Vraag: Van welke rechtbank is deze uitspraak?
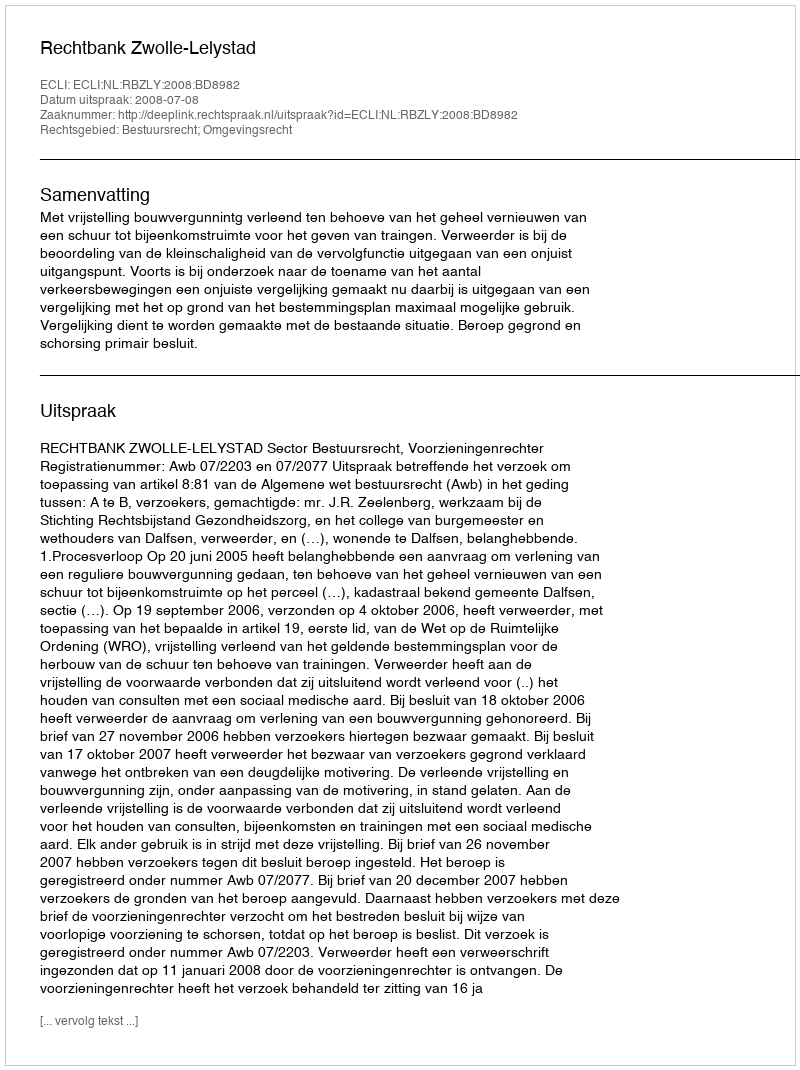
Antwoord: Rechtbank Zwolle-Lelystad